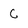
Character: C